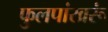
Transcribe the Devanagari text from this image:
फुलपांखरूं